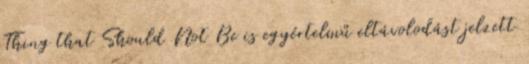
Thing that Should Not Be is egyértelmű eltávolodást jelzett